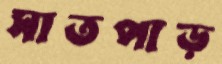
সাতপাড়